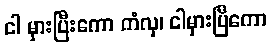
ငါ မှားပြီးကော ကံလှ၊ ငါမှားပြီကော